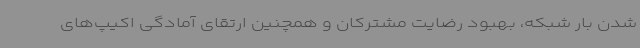
شدن بار شبکه، بهبود رضایت مشترکان و همچنین ارتقای آمادگی اکیپ‌های